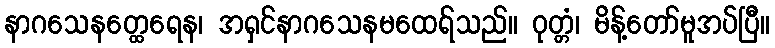
နာဂသေနတ္ထေရေန၊ အရှင်နာဂသေနမထေရ်သည်။ ဝုတ္တံ၊ မိန့်တော်မူအပ်ပြီ။